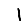
Digit: 1